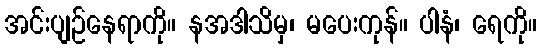
အင်းပျဉ်နေရာကို။ နအဒါသိမှ၊ မပေးကုန်။ ပါနံ၊ ရေကို။